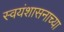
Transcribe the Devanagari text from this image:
स्वयंशासनाच्या